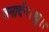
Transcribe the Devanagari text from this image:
जनार्दन।।ध्रु।।